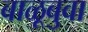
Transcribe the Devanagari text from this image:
बाळूबुवा